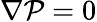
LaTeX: \nabla\mathcal{P}=0